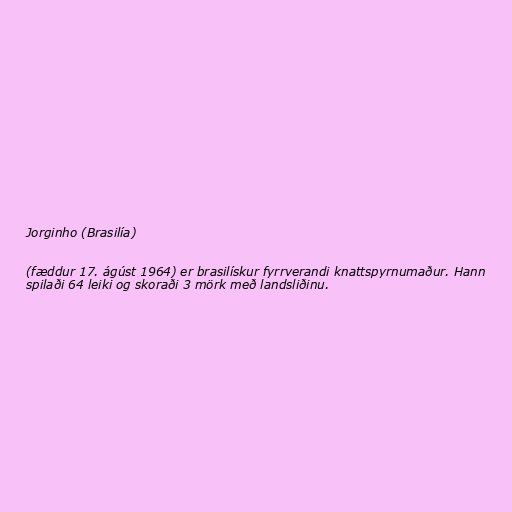
Jorginho (Brasilía)

(fæddur 17. ágúst 1964) er brasilískur fyrrverandi knattspyrnumaður. Hann
spilaði 64 leiki og skoraði 3 mörk með landsliðinu.